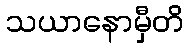
သယာနောမှီတိ